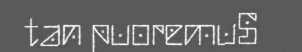
tan puoremuS